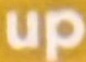
up